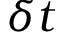
\delta t